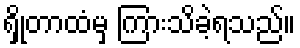
ရှိုတာထံမှ ကြားသိခဲ့ရသည်။